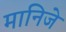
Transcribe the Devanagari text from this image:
मानिजे